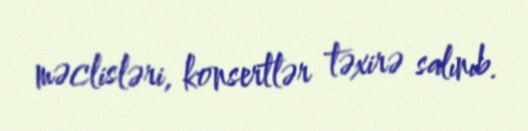
məclisləri, konsertlər təxirə salınıb.